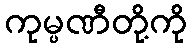
ကုမ္ပဏီတို့ကို